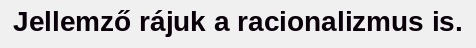
Jellemző rájuk a racionalizmus is.